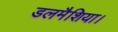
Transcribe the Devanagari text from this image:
डलमैशिया।